Manual of the Civil Veterinary Department, Central Provinces and Berar
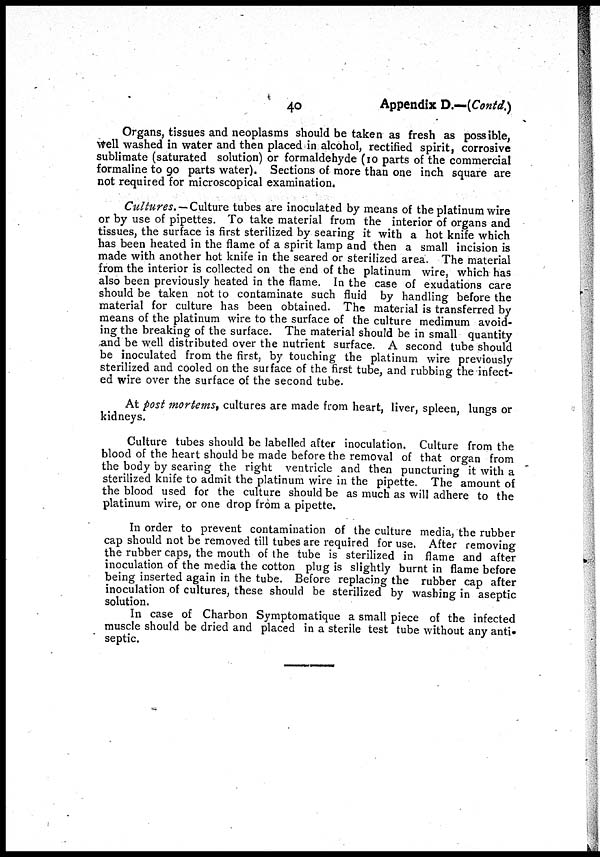
40
Appendix D.—(Contd.)
Organs, tissues and neoplasms should be taken as fresh as possible,
well washed in water and then placed in alcohol, rectified spirit, corrosive
sublimate (saturated solution) or formaldehyde (10 parts of the commercial
formaline to 90 parts water). Sections of more than one inch square are
not required for microscopical examination.
Cultures. — Culture tubes are inoculated by means of the platinum wire
or by use of pipettes. To take material from the interior of organs and
tissues, the surface is first sterilized by searing it with a hot knife which
has been heated in the flame of a spirit lamp and then a small incision is
made with another hot knife in the seared or sterilized area. The material
from the interior is collected on the end of the platinum wire, which has
also been previously heated in the flame. In the case of exudations care
should be taken not to contaminate such fluid by handling before the
material for culture has been obtained. The material is transferred by
means of the platinum wire to the surface of the culture medimum avoid-
ing the breaking of the surface. The material should be in small quantity
and be well distributed over the nutrient surface. A second tube should
be inoculated from the first, by touching the platinum wire previously
sterilized and cooled on the surface of the first tube, and rubbing the infect-
ed wire over the surface of the second tube.
At post mortems, cultures are made from heart, liver, spleen, lungs or
kidneys.
Culture tubes should be labelled after inoculation. Culture from the
blood of the heart should be made before the removal of that organ from
the body by scaring the right ventricle and then puncturing it with a
sterilized knife to admit the platinum wire in the pipette. The amount of
the blood used for the culture should be as much as will adhere to the
platinum wire, or one drop from a pipette.
In order to prevent contamination of the culture media, the rubber
cap should not be removed till tubes are required for use. After removing
the rubber caps, the mouth of the tube is sterilized in flame and after
inoculation of the media the cotton plug is slightly burnt in flame before
being inserted again in the tube. Before replacing the rubber cap after
inoculation of cultures, these should be sterilized by washing in aseptic
solution.
In case of Charbon Symptomatique a small piece of the infected
muscle should be dried and placed in a sterile test tube without any anti-
septic.